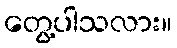
တွေ့ပါသလား။